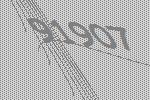
91907